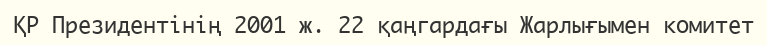
ҚР Президентінің 2001 ж. 22 қаңгардағы Жарлығымен комитет